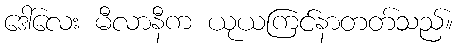
ဒေါ်လေး မီလာနီက ယုယကြင်နာတတ်သည်။